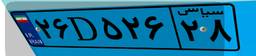
۱۰D۷۴۲۶۶